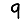
Digit: 9